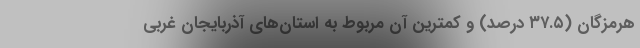
هرمزگان (٣٧.٥ درصد) و کمترین آن مربوط به استان­‌های آذربایجان غربی